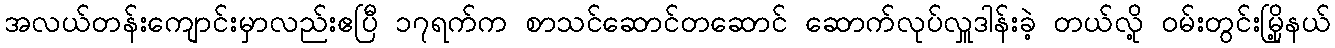
အလယ်တန်းကျောင်းမှာလည်းဧပြီ ၁၇ရက်က စာသင်ဆောင်တဆောင် ဆောက်လုပ်လှူဒါန်းခဲ့ တယ်လို့ ဝမ်းတွင်းမြို့နယ်